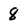
Character: 8